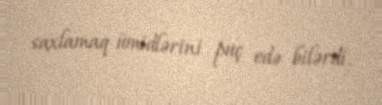
saxlamaq ümidlərini puç edə bilərdi.